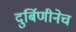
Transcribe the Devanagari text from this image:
दुर्बिणीनेच